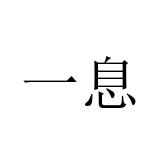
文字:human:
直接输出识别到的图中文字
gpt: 一息